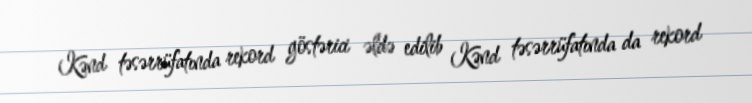
Kənd təsərrüfatında rekord göstərici əldə edilib Kənd təsərrüfatında da rekord